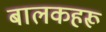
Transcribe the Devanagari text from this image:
बालकहरू